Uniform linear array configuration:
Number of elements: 16
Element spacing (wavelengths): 0.25
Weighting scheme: blackman
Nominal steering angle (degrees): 15
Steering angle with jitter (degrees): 15.118
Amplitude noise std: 0.05
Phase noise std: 0.05

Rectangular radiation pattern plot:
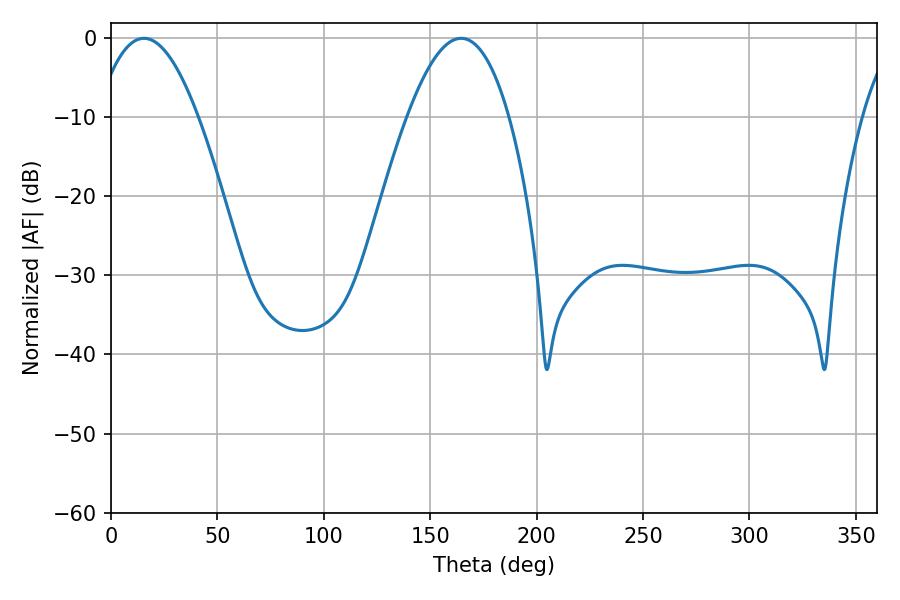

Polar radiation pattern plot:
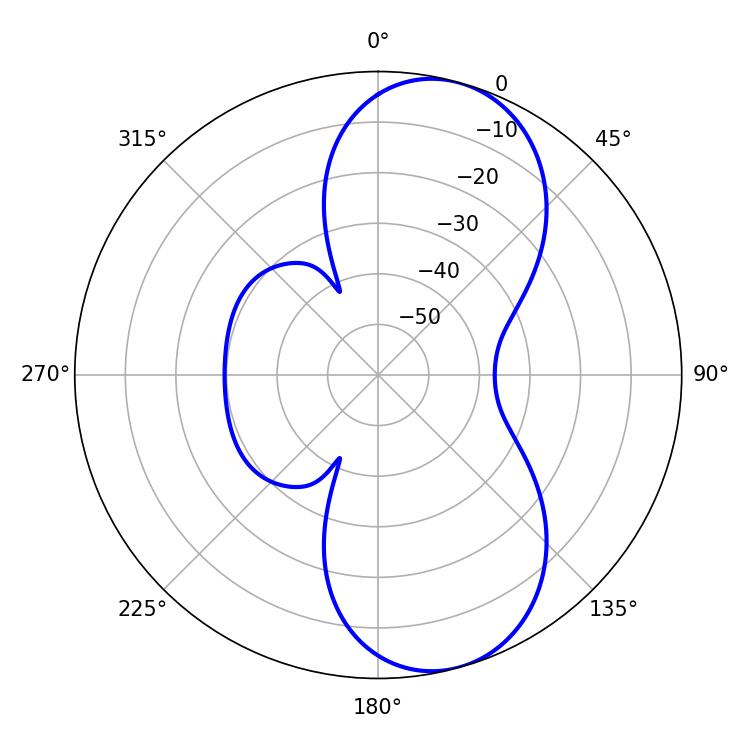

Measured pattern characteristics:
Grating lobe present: FALSE
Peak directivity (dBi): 8.663
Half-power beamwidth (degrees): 26.1
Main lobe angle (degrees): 15.48